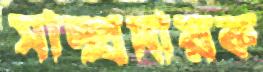
সাম্প্রদায়ক